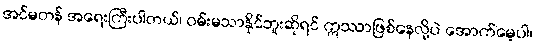
အင်မတန် အရေးကြီးပါတယ်၊ ဝမ်းမသာနိုင်ဘူးဆိုရင် ဣဿာဖြစ်နေလို့ပဲ အောက်မေ့ပါ၊